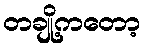
တချို့ကတော့